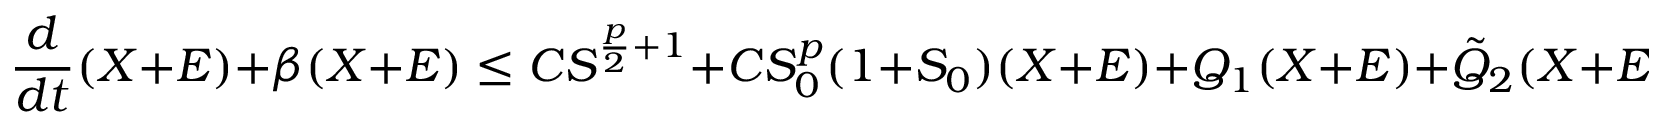
\frac { d } { d t } ( X + E ) + \beta ( X + E ) \le C S ^ { \frac { p } { 2 } + 1 } + C S _ { 0 } ^ { p } ( 1 + S _ { 0 } ) ( X + E ) + Q _ { 1 } ( X + E ) + \Tilde { Q } _ { 2 } ( X + E ) ,